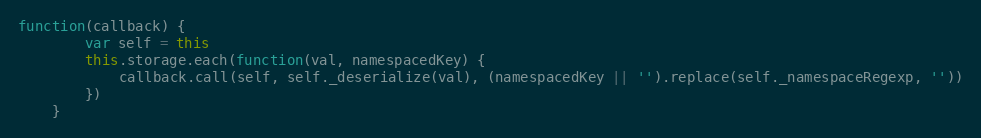
Language: JavaScript
function(callback) {
		var self = this
		this.storage.each(function(val, namespacedKey) {
			callback.call(self, self._deserialize(val), (namespacedKey || '').replace(self._namespaceRegexp, ''))
		})
	}